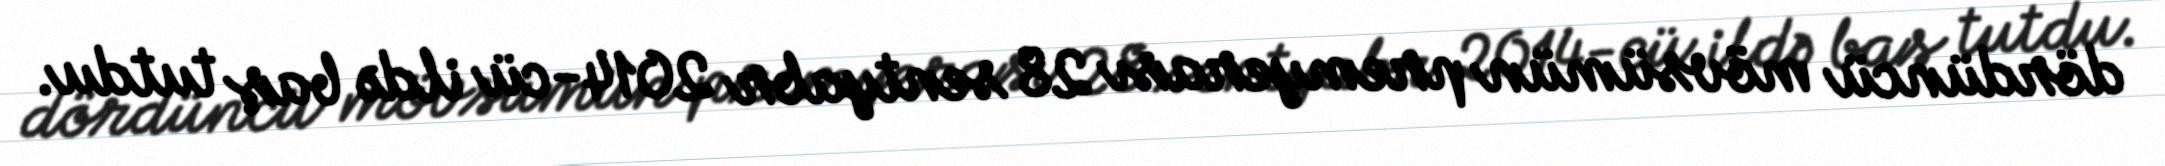
dördüncü mövsümün premyerası 28 sentyabr 2014-cü ildə baş tutdu.